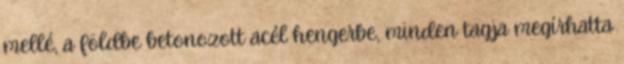
mellé, a földbe betonozott acél hengerbe, minden tagja megírhatta